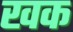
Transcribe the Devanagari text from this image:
खक